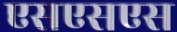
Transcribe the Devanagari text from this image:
एसएसएस